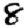
Digit: 8